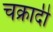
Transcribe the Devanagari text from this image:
चक्रादी